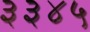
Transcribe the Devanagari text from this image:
३३४५